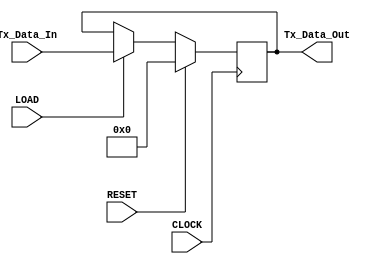
module buffer_tx(CLOCK, RESET, LOAD, Tx_Data_In, Tx_Data_Out);
input CLOCK, RESET, LOAD;
input [7:0] Tx_Data_In;
output [7:0] Tx_Data_Out;

reg [7:0] buffer;
	
always @(posedge CLOCK)
	begin
		if (RESET)
			buffer = 8'h00;
		else if (LOAD)
			buffer = Tx_Data_In;
		else
			buffer = buffer;
	end

assign 	Tx_Data_Out = buffer;	
endmodule